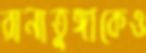
রানাতুঙ্গাকেও